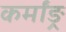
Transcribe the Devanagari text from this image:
कर्मांङ्र